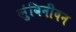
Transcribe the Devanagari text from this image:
लुंबिनीवन